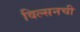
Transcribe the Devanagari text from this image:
विल्सनची